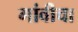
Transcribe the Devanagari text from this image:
गांवीचा